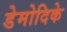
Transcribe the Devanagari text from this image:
डेमोदिके